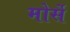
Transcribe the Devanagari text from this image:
मोर्से